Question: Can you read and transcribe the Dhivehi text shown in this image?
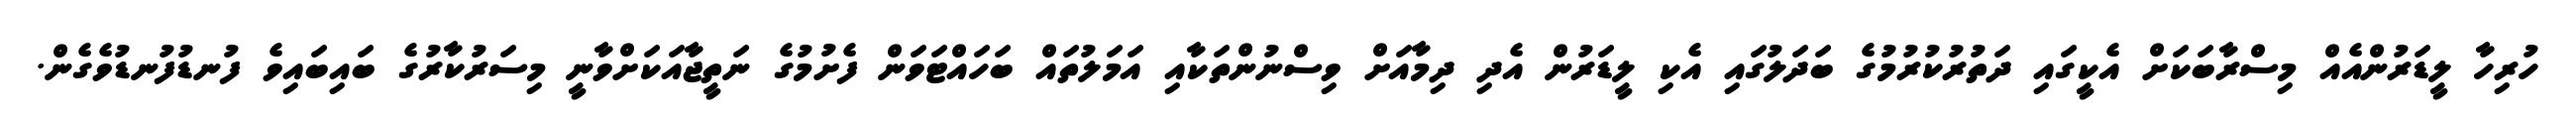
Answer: ހުރިހާ ލީޑަރުންއެއް މިސްރާބަކަށް އެކީގައި ދަތުރުކުރުމުގެ ބަދަލުގައި އެކި ލީޑަރުން އެދި ދިމާއަށް ވިސްނުންތަކާއި އަމަލުތައް ބަހައްޓަވަން ފެށުމުގެ ނަތީޖާއަކަށްވާނީ މިސަރުކާރުގެ ބައިބައިވެ ފުނޑުފުނޑުވެގެން.